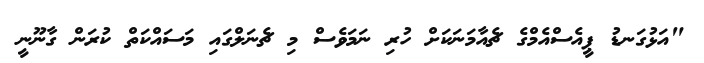
"އަޅުގަނޑު ޕީއެސްއެމްގެ ޗެއާމަނަކަށް ހުރި ނަމަވެސް މި ޗެނަލްގައި މަސައްކަތް ކުރަން ގާނޫނީ